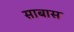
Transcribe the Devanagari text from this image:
साबास